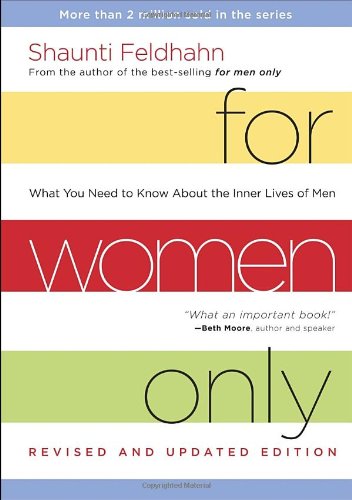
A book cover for For Women Only, Revised and Updated Edition: What You Need to Know About the Inner Lives of Men; Shaunti Feldhahn; Self-Help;